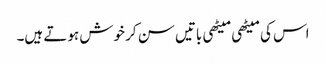
اس کی میٹھی میٹھی باتیں سن کر خوش ہوتے ہیں۔